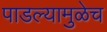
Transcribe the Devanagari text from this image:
पाडल्यामुळेच